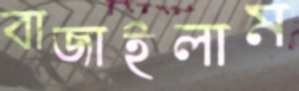
বাজাইলাম